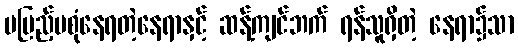
မပြည့်မစုံနေရတဲ့နေရာနှင့် ဆန့်ကျင်ဘက် ရန်သူရှိတဲ့ နေရာ၌သာ